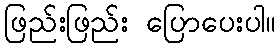
ဖြည်းဖြည်း ပြောပေးပါ။